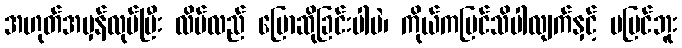
အဟုတ်အမှန်လုပ်ပြီး လိမ်လည် ပြောဆိုခြင်းပါပဲ၊ ကိုယ်ကမြင်သိပါလျက်နှင့် မမြင်ဘူး